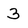
Character: 3